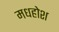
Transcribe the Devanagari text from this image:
मधहोश